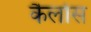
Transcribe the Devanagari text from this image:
कैर्लोस